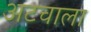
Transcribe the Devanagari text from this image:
अटचाला